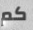
كم